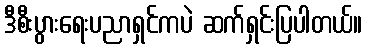
ဒီစီးပွားရေးပညာရှင်ကပဲ ဆက်ရှင်းပြပါတယ်။